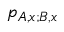
p _ { { A , x } ; { B , x } }